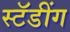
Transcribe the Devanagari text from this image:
स्टॅडींग